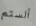
ألستم